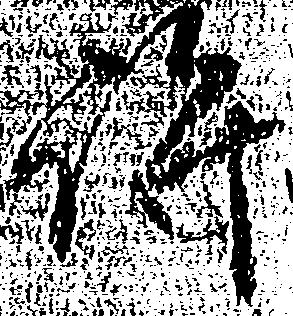
許